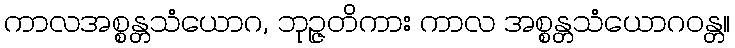
ကာလအစ္စန္တသံယောဂ, ဘုဉ္ဇတိကား ကာလ အစ္စန္တသံယောဂဝန္တ။